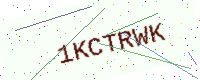
Text: 1KCTRWK